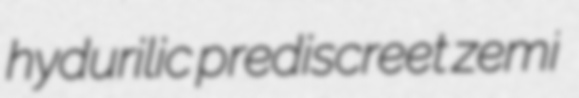
hydurilic prediscreet zemi